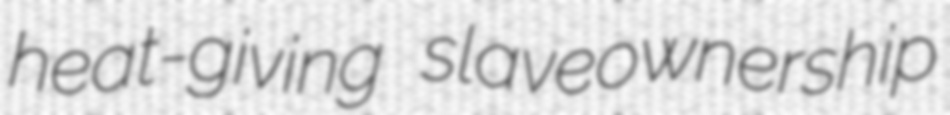
heat-giving slaveownership